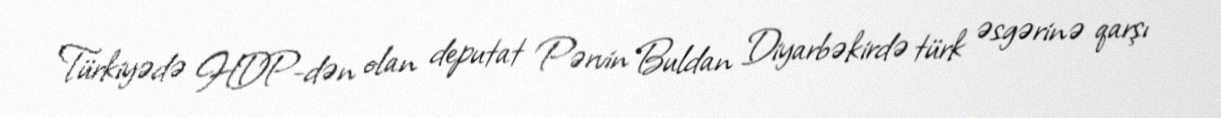
Türkiyədə HDP-dən olan deputat Pərvin Buldan Diyarbəkirdə türk əsgərinə qarşı